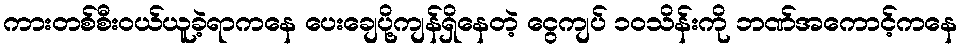
ကားတစ်စီးဝယ်ယူခဲ့ရာကနေ ပေးချေပို့ကျန်ရှိနေတဲ့ ငွေကျပ် ၁ဝသိန်းကို ဘဏ်အကောင့်ကနေ